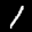
Label: 1